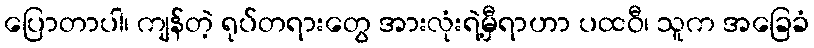
ပြောတာပါ၊ ကျန်တဲ့ ရုပ်တရားတွေ အားလုံးရဲ့မှီရာဟာ ပထဝီ၊ သူက အခြေခံ